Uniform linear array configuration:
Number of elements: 48
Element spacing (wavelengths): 0.25
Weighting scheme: exponential
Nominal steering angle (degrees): -45
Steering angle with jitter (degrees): -43.461
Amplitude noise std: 0.05
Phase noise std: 0.05

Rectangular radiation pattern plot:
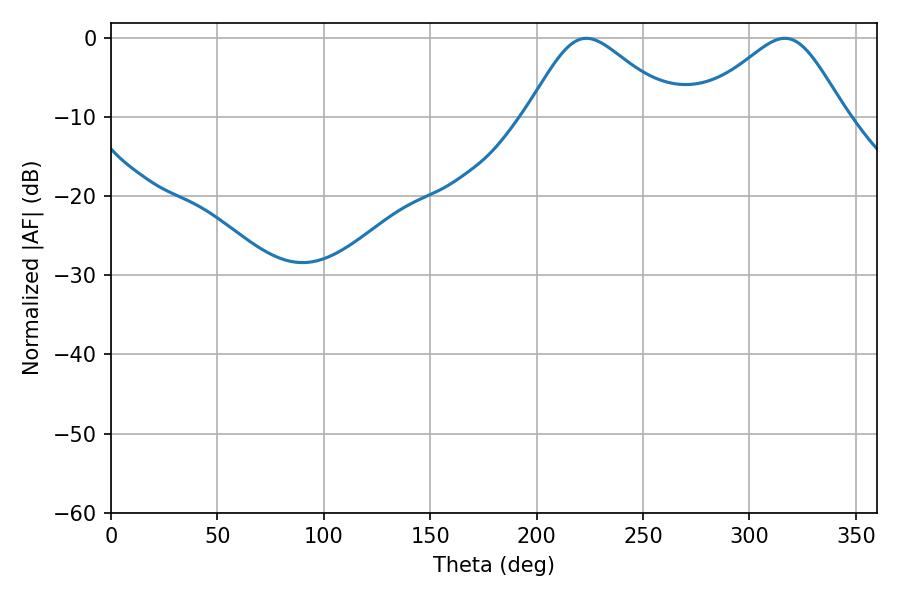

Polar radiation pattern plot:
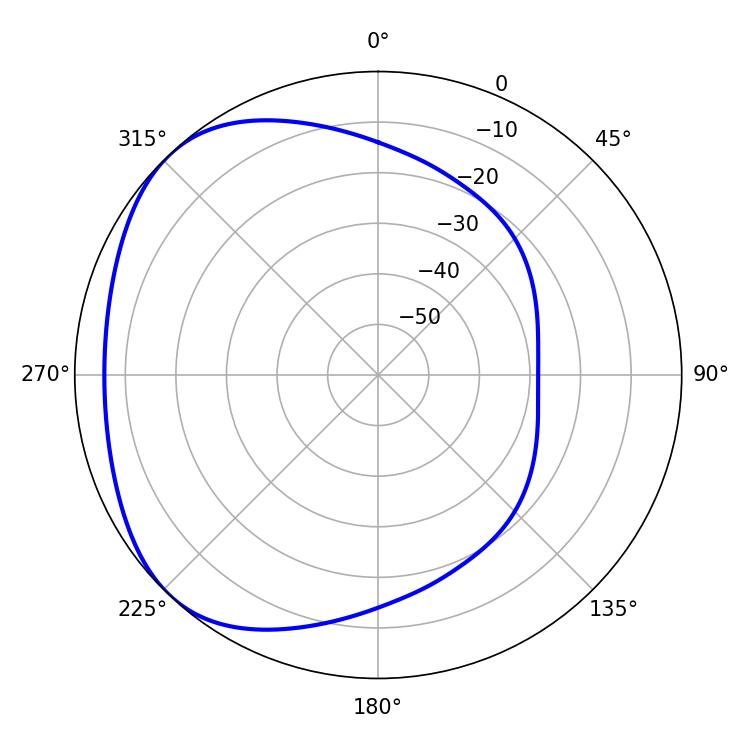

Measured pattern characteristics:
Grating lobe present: FALSE
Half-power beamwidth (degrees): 34.2
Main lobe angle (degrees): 223.38